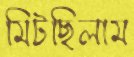
মিটছিলাম